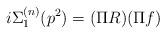
LaTeX: \begin{align*}i\Sigma _{1}^{(n)}(p^{2})=(\Pi R)(\Pi f) \end{align*}